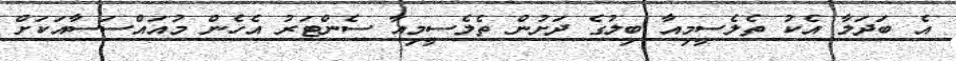
އެ ބަދަލާ އެކު ތެލެސީމިއާ ބިލުގެ ދަށުން ތެލެސީމިއާ ސެންޓަރު އެހެން މުއައްސަސާއަކަށް